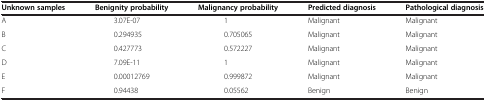
<table><thead><tr><td><b>Unknown samples</b></td><td><b>Benignity probability</b></td><td><b>Malignancy probability</b></td><td><b>Predicted diagnosis</b></td><td><b>Pathological diagnosis</b></td></tr></thead><tbody><tr><td>A</td><td>3.07E-07</td><td>1</td><td>Malignant</td><td>Malignant</td></tr><tr><td>B</td><td>0.294935</td><td>0.705065</td><td>Malignant</td><td>Malignant</td></tr><tr><td>C</td><td>0.427773</td><td>0.572227</td><td>Malignant</td><td>Malignant</td></tr><tr><td>D</td><td>7.09E-11</td><td>1</td><td>Malignant</td><td>Malignant</td></tr><tr><td>E</td><td>0.00012769</td><td>0.999872</td><td>Malignant</td><td>Malignant</td></tr><tr><td>F</td><td>0.94438</td><td>0.05562</td><td>Benign</td><td>Benign</td></tr></tbody></table>